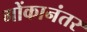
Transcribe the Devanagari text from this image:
गोंकानंतर